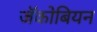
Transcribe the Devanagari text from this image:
जॅकोबियन